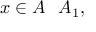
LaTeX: x \in A \setminus A _ { 1 } ,